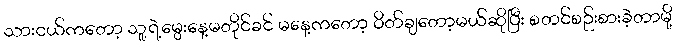
သားငယ်ကတော့ သူ့ရဲ့မွေးနေ့မတိုင်ခင် မနေ့ကတော့ ဝိတ်ချတော့မယ်ဆိုပြီး စတင်စဉ်းစားခဲ့တာမို့